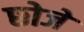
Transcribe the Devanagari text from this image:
छोजे